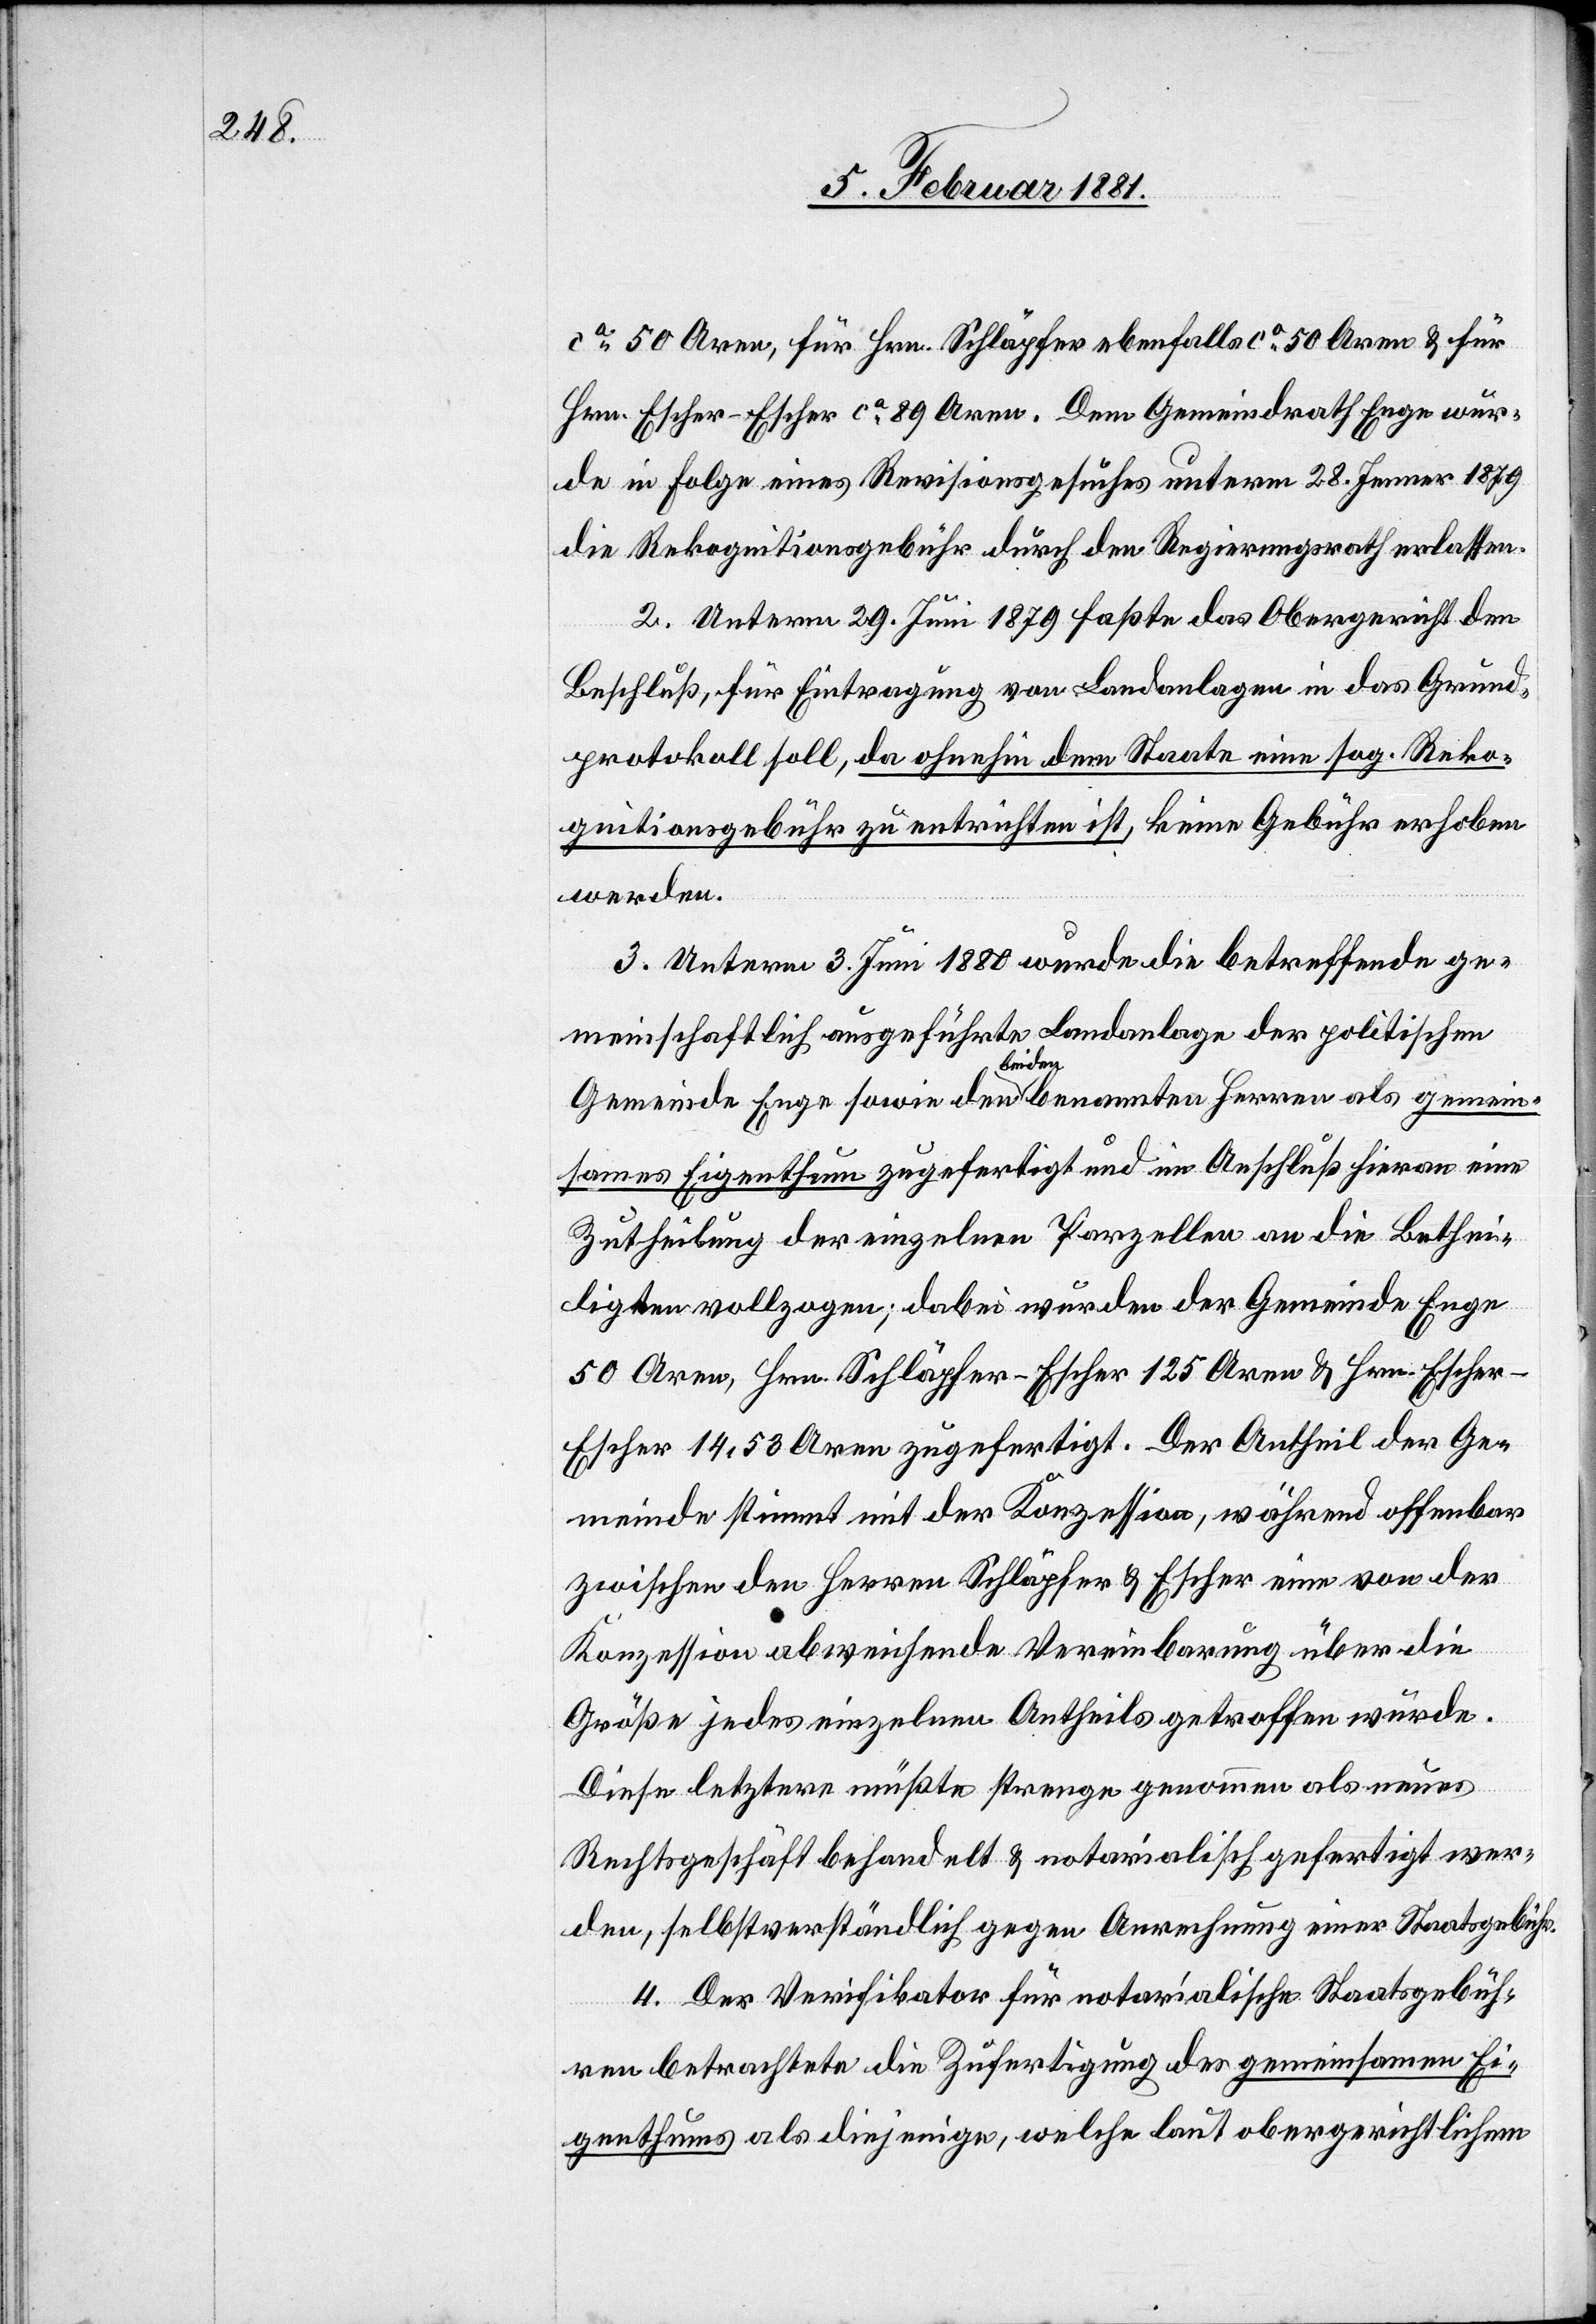
ca 50 Aren, für Hrn. Schläpfer ebenfalls ca 50 Aren & für
Hrn. Escher-Escher ca 89 Aren. Dem Gemeindrath Enge wur¬
de in Folge eines Revisionsgesuches unterm 28. Jenner 1879
die Rekognitionsgebühr durch den Regierungsrath erlassen.
2. Unterm 29. Juni 1879 faßte das Obergericht den
Beschluß, für Eintragung von Landanlagen in das Grund¬
protokoll soll, da ohnehin dem Staate eine sog. Reko¬
gnitionsgebühr zu entrichten ist, keine Gebühr erhoben
werden.
3. Unterm 3. Juni 1880 wurde die betreffende ge¬
meinschaftlich ausgeführte Landanlage der politischen
Gemeinde Enge sowie den beiden benannten Herren als gemein¬
sames Eigenthum zugefertigt und im Anschluß hievon eine
Zutheilung der einzelnen Parzellen an die Bethei¬
ligten vollzogen; dabei wurden der Gemeinde Enge
50 Aren, Hrn. Schläpfer-Escher 125 Aren & Hrn. Esche¬
r-Escher 14,53 Aren zugefertigt. Der Antheil der Ge¬
meinde stimmt mit der Konzession, während offenbar
zwischen den Herren Schläpfer & Escher eine von der
Konzession abweichende Vereinbarung über die
Größe jedes einzelnen Antheils getroffen wurde.
Diese letztere müßte strenge genommen als neues
Rechtsgeschäft behandelt & notarialisch gefertigt wer¬
den, selbstverständlich gegen Anrechnung einer Staatsgebühr.
4. Der Verifikator für notarialische Staatsgebüh¬
ren betrachtete die Zufertigung des gemeinsamen Ei¬
genthums als diejenige, welche laut obergerichtlichem